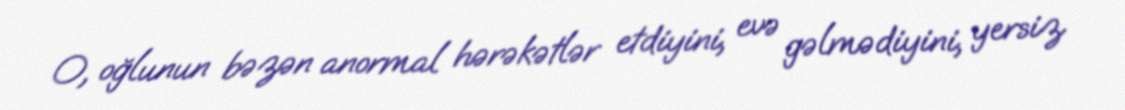
O, oğlunun bəzən anormal hərəkətlər etdiyini, evə gəlmədiyini, yersiz